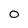
Character: O